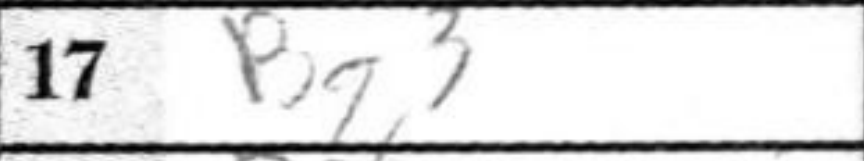
Transcription: Bg3